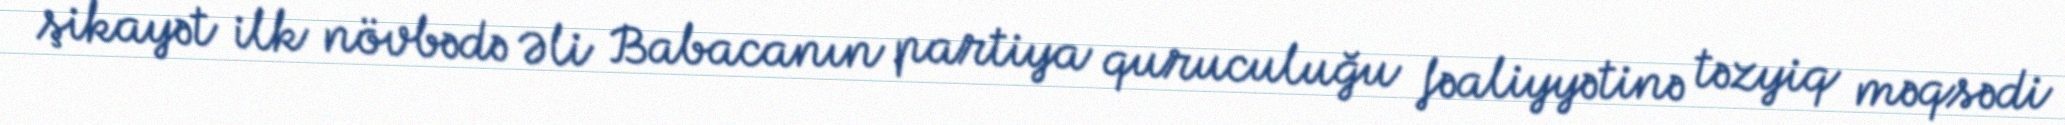
şikayət ilk növbədə Əli Babacanın partiya quruculuğu fəaliyyətinə təzyiq məqsədi